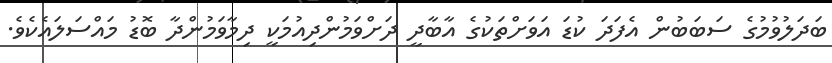
ބަދަލުވުމުގެ ސަބަބުން އެފަދަ ކުޑަ އަވަށްތަކުގެ އާބާދީ ދަށްވަމުންދިއުމަކީ ދިމާވަމުންދާ ބޮޑު މައްސަލައެކެވެ.